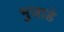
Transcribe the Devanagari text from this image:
भुजाडे